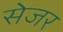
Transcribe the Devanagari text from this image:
सेजर